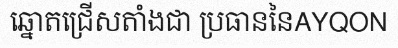
ឆ្នោតជ្រើសតាំងជា ប្រធាននៃAYQON